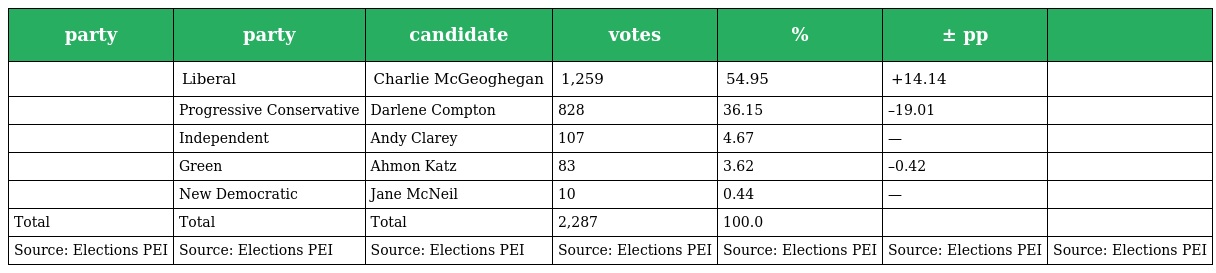
| party | party | candidate | votes | % | ± pp |  |
 | --- | --- | --- | --- | --- | --- | --- |
 |  | Liberal | Charlie McGeoghegan | 1,259 | 54.95 | +14.14 |  |
 |  | Progressive Conservative | Darlene Compton | 828 | 36.15 | –19.01 |  |
 |  | Independent | Andy Clarey | 107 | 4.67 | — |  |
 |  | Green | Ahmon Katz | 83 | 3.62 | –0.42 |  |
 |  | New Democratic | Jane McNeil | 10 | 0.44 | — |  |
 | Total | Total | Total | 2,287 | 100.0 |  |  |
 | Source: Elections PEI | Source: Elections PEI | Source: Elections PEI | Source: Elections PEI | Source: Elections PEI | Source: Elections PEI | Source: Elections PEI |